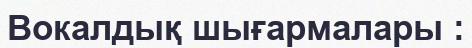
Вокалдық шығармалары :